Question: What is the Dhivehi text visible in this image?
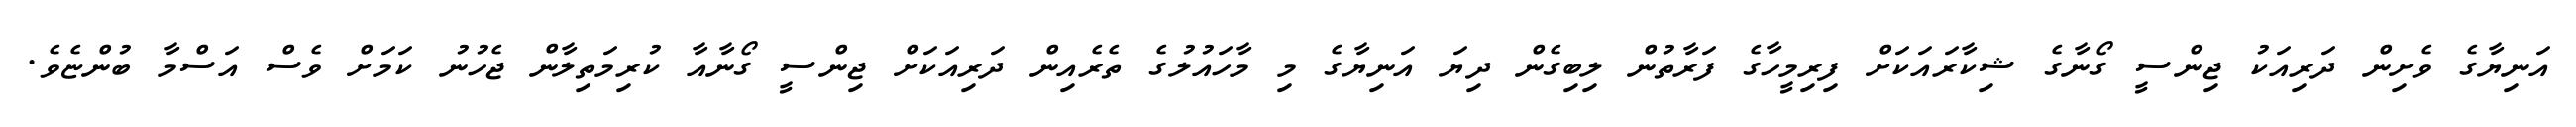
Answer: އަނިޔާގެ ވެށިން ދަރިއަކު ޖިންސީ ގޯނާގެ ޝިކާރައަކަށް ފިރިމީހާގެ ފަރާތުން ލިބިގެން ދިޔަ އަނިޔާގެ މި މާހައުލުގެ ތެރެއިން ދަރިއަކަށް ޖިންސީ ގޯނާއާ ކުރިމަތިލާން ޖެހުނު ކަމަށް ވެސް އަސްމާ ބުންޏެވެ.